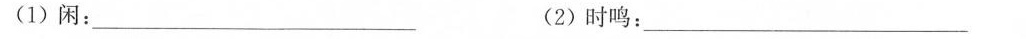
(1)闲： ___ (2)时鸣：___